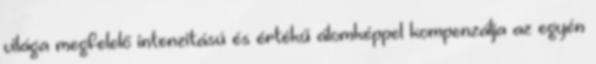
világa megfelelő intenzitású és értékű álomképpel kompenzálja az egyén